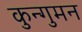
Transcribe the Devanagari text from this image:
कुन्गुमन